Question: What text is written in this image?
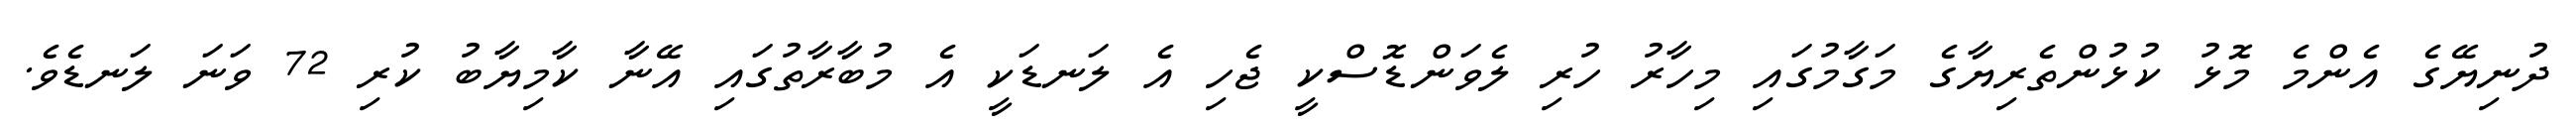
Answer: ދުނިޔޭގެ އެންމެ މޮޅު ކުޅުންތެރިޔާގެ މަގާމުގައި މިހާރު ހުރި ލެވަންޑޮސްކީ ޖެހި އެ ލަނޑަކީ އެ މުބާރާތުގައި އޭނާ ކާމިޔާބު ކުރި 72 ވަނަ ލަނޑެވެ.